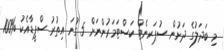
މި ބަދަލުގެ ދަށުން ސުޕަރނެޓް ކަސްޓަމަރުންނަށް 5 ގުނަ އިތުރު ސްޕީޑާއެކު %100